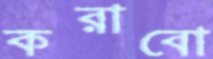
করাবো